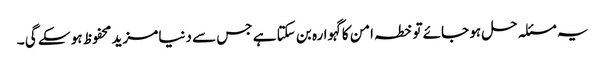
یہ مسئلہ حل ہو جائے تو خطہ امن کا گہوارہ بن سکتا ہے جس سے دنیا مزید محفوظ ہو سکے گی ۔